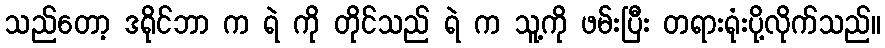
သည်တော့ ဒရိုင်ဘာ က ရဲ ကို တိုင်သည် ရဲ က သူ့ကို ဖမ်းပြီး တရားရုံးပို့လိုက်သည်။